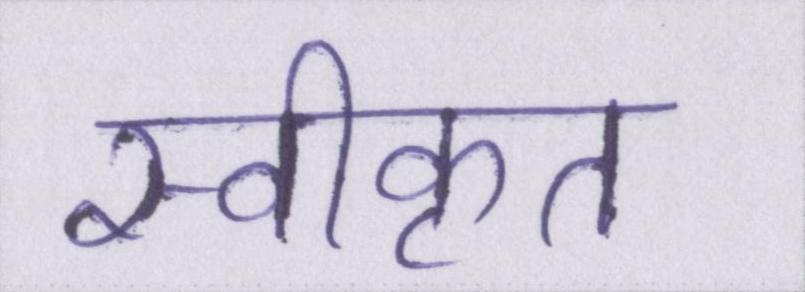
स्वीकृत